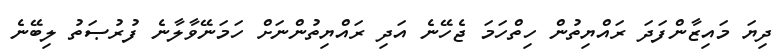
ދިޔަ މައިޒާންފަދަ ރައްޔިތުން ހިތްހަމަ ޖެހޭނެ އަދި ރައްޔިތުންނަށް ހަމަނޭވާލާނެ ފުރުޞަތު ލިބޭނެ